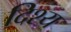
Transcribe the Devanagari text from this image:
दिश्य